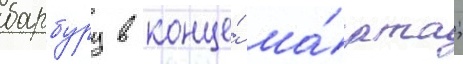
барбуру в конце́ ма́рта;